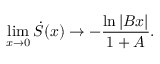
\operatorname* { l i m } _ { x \rightarrow 0 } \dot { S } ( x ) \rightarrow - \frac { \ln | B x | } { 1 + A } .